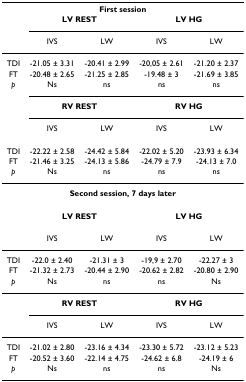
<table><thead><tr><td colspan="5"><b>First session</b></td></tr><tr><td></td><td colspan="2"><b>LV REST</b></td><td colspan="2"><b>LV HG</b></td></tr><tr><td></td><td><b>IVS</b></td><td><b>LW</b></td><td><b>IVS</b></td><td><b>LW</b></td></tr></thead><tbody><tr><td>TDI</td><td>-21.05 ± 3.31</td><td>-20.41 ± 2.99</td><td>-20,05 ± 2.61</td><td>-21.20 ± 2.37</td></tr><tr><td>FT</td><td>-20.48 ± 2.65</td><td>-21.25 ± 2.85</td><td>-19.48 ± 3</td><td>-21.69 ± 3.85</td></tr><tr><td><i>p</i></td><td>Ns</td><td>ns</td><td>ns</td><td>ns</td></tr><tr><td></td><td colspan="2"><b>RV REST</b></td><td colspan="2"><b>RV HG</b></td></tr><tr><td></td><td>IVS</td><td>LW</td><td>IVS</td><td>LW</td></tr><tr><td>TDI</td><td>-22.22 ± 2.58</td><td>-24.42 ± 5.84</td><td>-22.02 ± 5.20</td><td>-23.93 ± 6.34</td></tr><tr><td>FT</td><td>-21.46 ± 3.25</td><td>-24.13 ± 5.86</td><td>-24.79 ± 7.9</td><td>-24.13 ± 7.0</td></tr><tr><td><i>p</i></td><td>Ns</td><td>ns</td><td>ns</td><td>ns</td></tr><tr><td colspan="5"><b>Second session, 7 days later</b></td></tr><tr><td></td><td colspan="2"><b>LV REST</b></td><td colspan="2"><b>LV HG</b></td></tr><tr><td></td><td>IVS</td><td>LW</td><td>IVS</td><td>LW</td></tr><tr><td>TDI</td><td>-22.0 ± 2.40</td><td>-21.31 ± 3</td><td>-19,9 ± 2.70</td><td>-22.27 ± 3</td></tr><tr><td>FT</td><td>-21.32 ± 2.73</td><td>-20.44 ± 2.90</td><td>-20.62 ± 2.82</td><td>-20.80 ± 2.90</td></tr><tr><td><i>p</i></td><td>Ns</td><td>ns</td><td>ns</td><td>Ns</td></tr><tr><td></td><td colspan="2"><b>RV REST</b></td><td colspan="2"><b>RV HG</b></td></tr><tr><td></td><td>IVS</td><td>LW</td><td>IVS</td><td>LW</td></tr><tr><td>TDI</td><td>-21.02 ± 2.80</td><td>-23.16 ± 4.34</td><td>-23.30 ± 5.72</td><td>-23.12 ± 5.23</td></tr><tr><td>FT</td><td>-20.52 ± 3.60</td><td>-22.14 ± 4.75</td><td>-24.62 ± 6.8</td><td>-24.19 ± 6</td></tr><tr><td><i>p</i></td><td>Ns</td><td>ns</td><td>ns</td><td>Ns</td></tr></tbody></table>